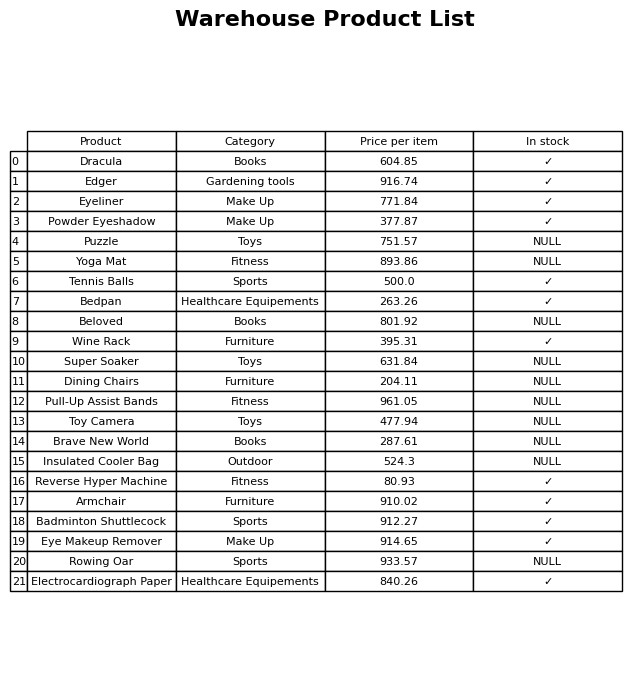
question: Which products are available in stock?
answer: Dracula, Edger, Eyeliner, Powder Eyeshadow, Tennis Balls, Bedpan, Wine Rack, Reverse Hyper Machine, Armchair, Badminton Shuttlecock, Eye Makeup Remover, Electrocardiograph Paper